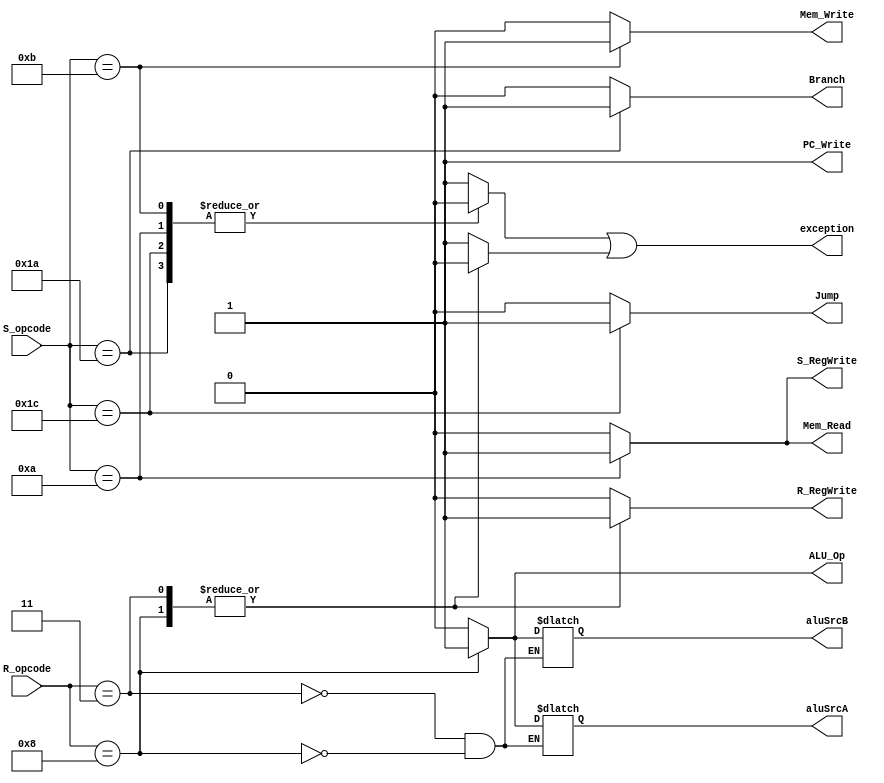
module control_S (input [4:0] R_opcode, input [4:0] S_opcode,  output reg  ALU_Op,
output reg R_RegWrite, output reg S_RegWrite, output reg Mem_Write, output reg Mem_Read, output reg Branch,
output reg Jump, output reg PC_Write, output reg exception, output reg aluSrcA, output reg aluSrcB);
reg Exception1, Exception2;
always@(R_opcode, S_opcode)
begin

PC_Write = 1;

  case(S_opcode)
    5'b01010: begin //load
              Exception1 = 0;
              Branch = 0;
              Jump = 0;
              S_RegWrite = 1;
              Mem_Read = 1;
              Mem_Write = 0;
              end
     5'b01011: begin //store

              Exception1 = 0;
              Branch = 0;
              Jump = 0;
              S_RegWrite = 0;
              Mem_Read = 0;
              Mem_Write = 1;
              end

      5'b11100: begin //jump
              Exception1 = 0;
              Branch = 0;
              Jump = 1;
              S_RegWrite = 0;
              Mem_Read = 0;
              Mem_Write = 0;
              end
      5'b11010: begin //branch
              Exception1 = 0;
              Branch = 1;
              Jump = 0;
              S_RegWrite = 0;
              Mem_Read = 0;
              Mem_Write = 0;
              end

      default: begin
              Exception1 = 1;
              Branch = 0;
              Jump = 0;
              S_RegWrite = 0;
              Mem_Read = 0;
              Mem_Write = 0;
            end
    endcase
    case(R_opcode)
    5'b00011: begin //add
              ALU_Op = 1'b0;
              Exception2= 0;
              aluSrcA = 0 ;//imm
              aluSrcB = 0 ;//Rn
              R_RegWrite = 1;
              end
      5'b01000: begin //sub, lsr, neg
              Exception2= 0;
              aluSrcA = 1 ;//Rm
              aluSrcB = 1 ;//Rd
              ALU_Op = 1'b1;
              R_RegWrite = 1;
            end
      default: begin
              Exception2= 1;
              ALU_Op = 1'b0;
              R_RegWrite = 0;

              end
   endcase
   exception = Exception1 | Exception2;
  end

endmodule